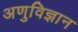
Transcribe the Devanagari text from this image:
अणुविज्ञान